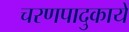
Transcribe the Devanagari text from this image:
चरणपादुकायें